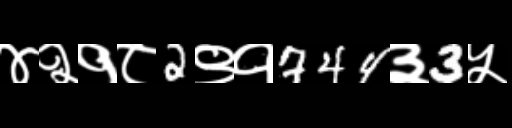
Text: ४२१८2९१744३3५